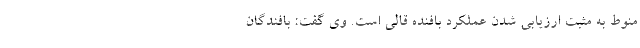
منوط به مثبت ارزیابی شدن عملکرد بافنده قالی است. وی گفت: بافندگان